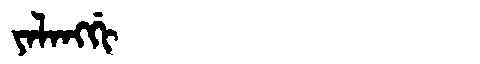
Manchu: ᠶᠠᠯᠠᠩᡤᡳ
Romanization: YALANGGI